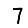
Digit: 7